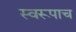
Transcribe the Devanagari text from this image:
स्वरूपाच